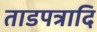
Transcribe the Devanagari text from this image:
ताडपत्रादि